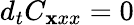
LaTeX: d_{t}C_{\mathbf xxx}=0